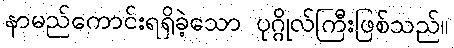
နာမည်ကောင်းရရှိခဲ့သော ပုဂ္ဂိုလ်ကြီးဖြစ်သည်။